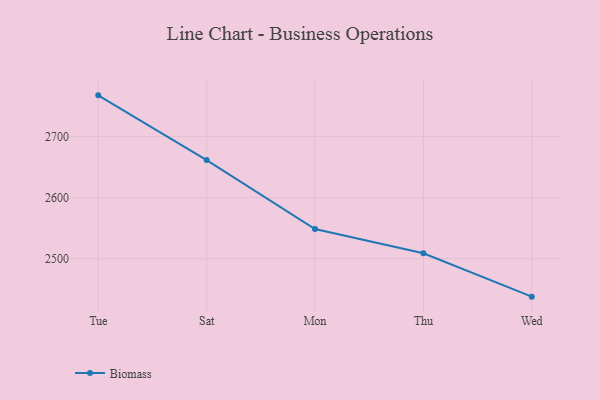
{"axis": {"x": "Day", "y": "Conversion Rate (%)"}, "legend": ["Biomass"], "data": [{"x": "Tue", "y": 2767.5, "type": "Biomass"}, {"x": "Sat", "y": 2661.4, "type": "Biomass"}, {"x": "Mon", "y": 2548.4, "type": "Biomass"}, {"x": "Thu", "y": 2508.7, "type": "Biomass"}, {"x": "Wed", "y": 2437.7, "type": "Biomass"}]}